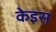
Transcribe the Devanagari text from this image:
केइस